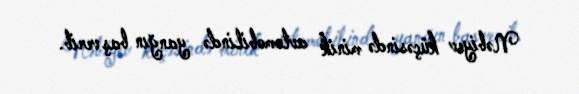
Nəbiyev küçəsində minik avtomobilində yanğın baş verib.